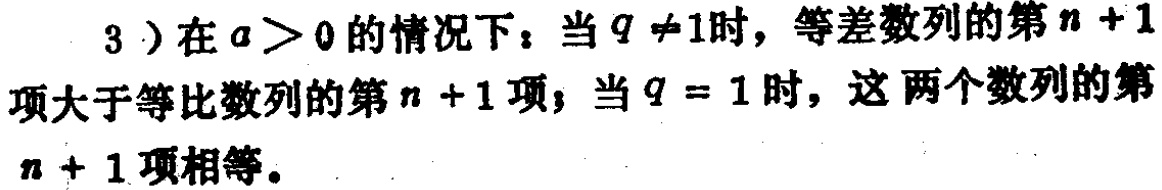
3）在\(a > 0\)的情况下：当\(q \neq 1\)时，等差数列的第\(n + 1\)项大于等比数列的第\(n + 1\)项；当\(q = 1\)时，这两个数列的第\(n + 1\)项相等。